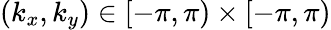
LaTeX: (k_{x},k_{y})\in[-\pi,\pi)\times[-\pi,\pi)